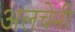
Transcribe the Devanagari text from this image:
अलचेमी